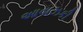
આવાઝકી